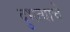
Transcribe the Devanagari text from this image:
दुभत्याचे